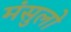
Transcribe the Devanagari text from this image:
मंसुलो